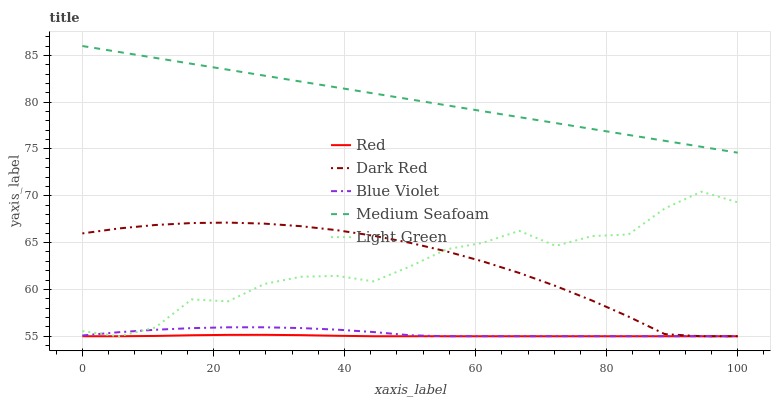
| xaxis_label | Red | Dark Red | Blue Violet | Medium Seafoam | Light Green |
 | --- | --- | --- | --- | --- | --- |
 | 0 | 55 | 66 | 55.1 | 86 | 55.5 |
 | 5.56 | 55 | 66.5 | 55.4 | 85.4 | 55 |
 | 11.1 | 55 | 66.9 | 55.7 | 84.7 | 55.9 |
 | 16.7 | 55.1 | 67.1 | 55.9 | 84.1 | 58.9 |
 | 22.2 | 55.1 | 67.1 | 56 | 83.5 | 58.7 |
 | 27.8 | 55.1 | 67 | 56 | 82.8 | 60.6 |
 | 33.3 | 55.1 | 66.8 | 55.9 | 82.2 | 61.4 |
 | 38.9 | 55.1 | 66.3 | 55.7 | 81.6 | 61.4 |
 | 44.4 | 55 | 65.7 | 55.4 | 80.9 | 60.9 |
 | 50 | 55 | 65 | 55.1 | 80.3 | 62.5 |
 | 55.6 | 55 | 64.1 | 55 | 79.7 | 64.3 |
 | 61.1 | 55 | 63 | 55 | 79 | 65 |
 | 66.7 | 55 | 61.8 | 55 | 78.4 | 66.3 |
 | 72.2 | 55 | 60.4 | 55 | 77.8 | 64.7 |
 | 77.8 | 55 | 58.8 | 55 | 77.1 | 65.7 |
 | 83.3 | 55 | 57.1 | 55 | 76.5 | 65.9 |
 | 88.9 | 55 | 55.2 | 55 | 75.9 | 68.7 |
 | 94.4 | 55 | 55 | 55 | 75.2 | 70.4 |
 | 100 | 55 | 55 | 55 | 74.6 | 69.3 |